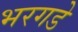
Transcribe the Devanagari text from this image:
भरगडे